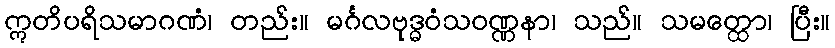
ဣတိပရိသမာဂဏံ၊ တည်း။ မင်္ဂလဗုဒ္ဓဝံသဝဏ္ဏနာ၊ သည်။ သမတ္ထော၊ ပြီး။